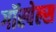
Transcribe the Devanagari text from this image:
गॉस्पेल्स